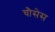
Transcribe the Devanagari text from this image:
चौसेस